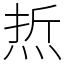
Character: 焎